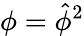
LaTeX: \phi=\hat{\phi}^{2}